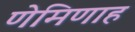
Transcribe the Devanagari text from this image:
णेमिणाह